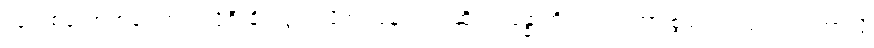
လူတစ်ယောက်မှာ ကယ်လိုရီ ချို့ယွင်းလိုအပ်နေတယ် ဆိုရင် ခန္ဓာကိုယ်က ဒါဟာ စွမ်းအင်ပြတ်လပ်တာလို့